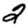
Digit: 2